system: You are a helpful assistant.
user:
Analyze the provided spectrum to determine if it is a **Carbon Star (C-type)**.

- **Key Visual Indicators of Carbon Star:**
    - **(Primary):** Strong molecular absorption from **C₂ (diatomic carbon) "Swan Bands."** This is the **defining feature** of a carbon star.
        - **(Key Bandheads):** Sharp absorption edges are visible at approximately $5635$ Å, $5165$ Å (the strongest band), and $4737$ Å.
        - **(Line Profile):** Creates a distinct **"saw-tooth"** pattern. The key morphology is a sharp, steep bandhead on the **red (long-wavelength) side**, which then gradually tapers off (i.e., flux recovers) towards the **blue (short-wavelength) side**. *(This is the direct opposite of the TiO bands seen in M-type stars)*.

    - **(Secondary):** Intense **CN (cyanogen)** molecular absorption bands.
        - **(Key Bandheads):** Located in the blue and violet regions of the spectrum (e.g., near $4215$ Å and $3883$ Å).
        - **(Morphology):** These bands are extremely broad and act as a "blanket," absorbing the vast majority of blue and violet light. This creates a characteristic **"cliff"** or **"steep drop-off"** in the spectrum's flux at short wavelengths.

    - **(Key Confirmation):** Strong **CH absorption band (G-band)**.
        - **(Key Bandhead):** Located around $4300$ Å. The contribution from CH molecules to this band is exceptionally strong.

    - **(Overall Spectrum):**
        - The continuum is severely "chopped up" by these deep molecular bands, especially C₂, rather than appearing as a smooth curve.
        - Due to the heavy CN and C₂ absorption in the blue-green, the vast majority of the star's flux is concentrated in the red part of the spectrum, giving the star its characteristic deep red color.

Think first, call **spectral_visualization_tool** if needed to examine features in detail, then provide your final answer. Your response must adhere to the following strict rules:
1.  **Overall Structure:** Your response must follow the format `<think>...</think> <tool_call>...</tool_call> (if a tool is used) <answer>...</answer>`.
2.  **Tool Usage Constraint:** You may only make **one** tool call per turn.
3.  **Final Answer Format:** In the `<answer>` tag, your conclusion must be inside a `\boxed{}` command (e.g., `\boxed{YES}`), followed by your justification.

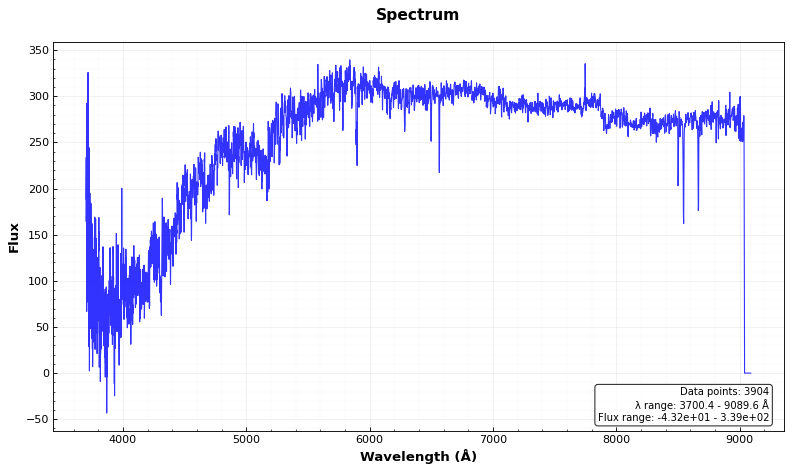
Answer: YES